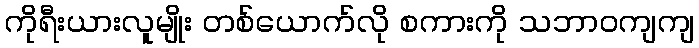
ကိုရီးယားလူမျိုး တစ်ယောက်လို စကားကို သဘာဝကျကျ